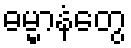
ဓမ္မာနံတွေ